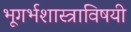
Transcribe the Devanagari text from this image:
भूगर्भशास्त्राविषयी